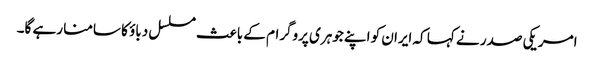
امریکی صدر نے کہا کہ ایران کو اپنے جوہری پروگرام کے باعث مسلسل دباؤ کا سامنا رہے گا۔